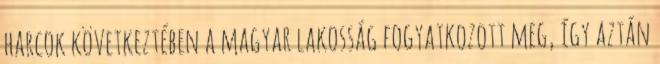
harcok következtében a magyar lakosság fogyatkozott meg, így aztán